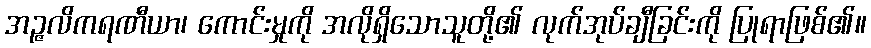
အဉ္ဇလိကရဏီယာ၊ ကောင်းမှုကို အလိုရှိသောသူတို့၏ လုက်အုပ်ချီခြင်းကို ပြုရာဖြစ်၏။